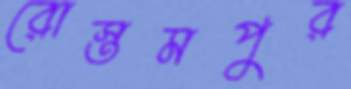
রোস্তমপুর